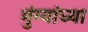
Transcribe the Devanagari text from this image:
मुंग्यांच्या